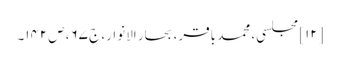
[۱۲] مجلسی، محمد باقر، بحار الانوار، ج‌ ۶۷، ص‌۱۴۲۔